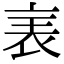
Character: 𧘦